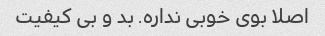
اصلا بوی خوبی نداره. بد و بی کیفیت